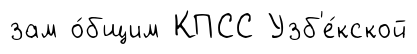
зам о́бщим КПСС Узб'е́кской